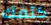
كتفك